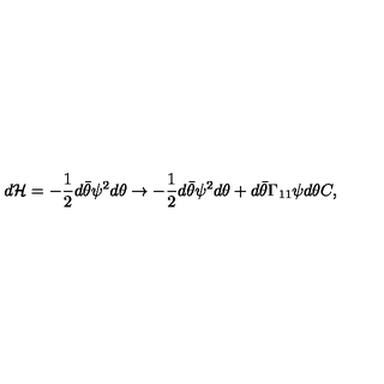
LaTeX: d { \cal H } = - { \frac { 1 } { 2 } } d \bar { \theta } \psi ^ { 2 } d \theta \rightarrow - { \frac { 1 } { 2 } } d \bar { \theta } \psi ^ { 2 } d \theta + d \bar { \theta } \Gamma _ { 1 1 } \psi d \theta C ,